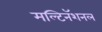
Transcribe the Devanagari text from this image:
मल्टिनॅशनल